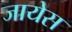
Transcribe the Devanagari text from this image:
जायेस